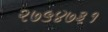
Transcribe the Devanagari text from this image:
२७५४७३१